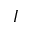
I